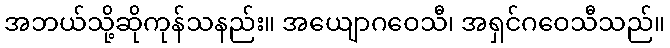
အဘယ်သို့ဆိုကုန်သနည်း။ အယျောဂဝေသီ၊ အရှင်ဂဝေသီသည်။